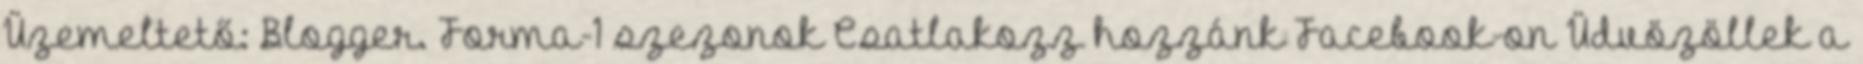
Üzemeltető: Blogger. Forma-1 szezonok Csatlakozz hozzánk Facebook-on Üdvözöllek a